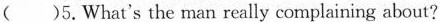
( )5.What's the man really complaining about?